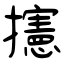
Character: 攇